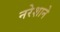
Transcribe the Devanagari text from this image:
नरेशाने